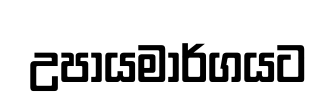
උපායමාර්ගයට